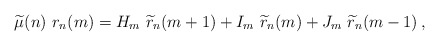
\begin{align*}\widetilde{\mu}(n)\ r_n(m)=H_{m}\ \widetilde{r}_{n}(m+1) +I_m\ \widetilde{r}_{n}(m) +J_m\ \widetilde{r}_{n}(m-1) \,,\end{align*}